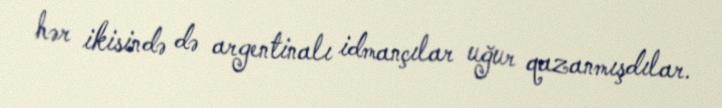
hər ikisində də argentinalı idmançılar uğur qazanmışdılar.